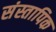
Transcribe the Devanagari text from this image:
संस्तापिक